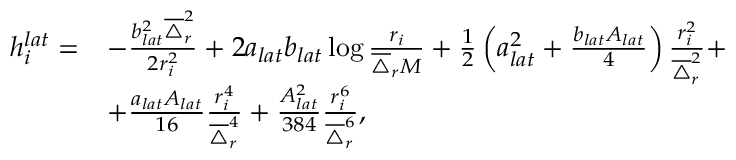
\begin{array} { r l } { h _ { i } ^ { l a t } = } & { - \frac { b _ { l a t } ^ { 2 } \overline { { \triangle } } _ { r } ^ { 2 } } { 2 r _ { i } ^ { 2 } } + 2 a _ { l a t } b _ { l a t } \log \frac { r _ { i } } { \overline { { \triangle } } _ { r } M } + \frac { 1 } { 2 } \left( a _ { l a t } ^ { 2 } + \frac { b _ { l a t } A _ { l a t } } { 4 } \right) \frac { r _ { i } ^ { 2 } } { \overline { { \triangle } } _ { r } ^ { 2 } } + } \\ & { + \frac { a _ { l a t } A _ { l a t } } { 1 6 } \frac { r _ { i } ^ { 4 } } { \overline { { \triangle } } _ { r } ^ { 4 } } + \frac { A _ { l a t } ^ { 2 } } { 3 8 4 } \frac { r _ { i } ^ { 6 } } { \overline { { \triangle } } _ { r } ^ { 6 } } , } \end{array}